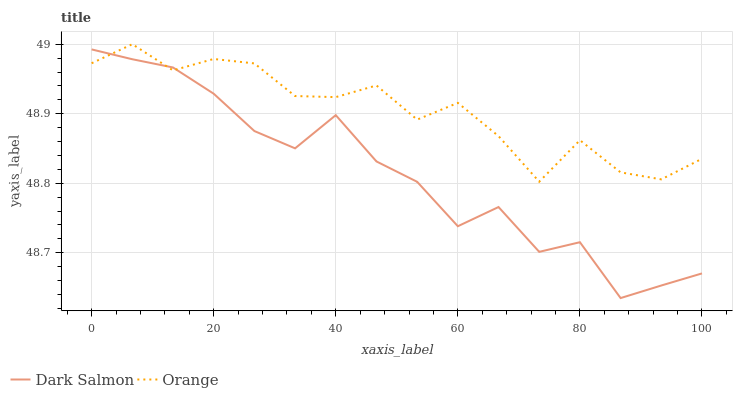
| xaxis_label | Dark Salmon | Orange |
 | --- | --- | --- |
 | 0 | 49 | 49 |
 | 6.67 | 49 | 49 |
 | 13.3 | 49 | 49 |
 | 20 | 48.9 | 49 |
 | 26.7 | 48.9 | 49 |
 | 33.3 | 48.9 | 48.9 |
 | 40 | 48.9 | 48.9 |
 | 46.7 | 48.8 | 48.9 |
 | 53.3 | 48.8 | 48.9 |
 | 60 | 48.7 | 48.9 |
 | 66.7 | 48.8 | 48.9 |
 | 73.3 | 48.7 | 48.8 |
 | 80 | 48.7 | 48.9 |
 | 86.7 | 48.6 | 48.8 |
 | 93.3 | 48.7 | 48.8 |
 | 100 | 48.7 | 48.8 |